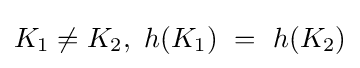
K_{1}\neq K_{2},\ h(K_{1})\ =\ h(K_{2})